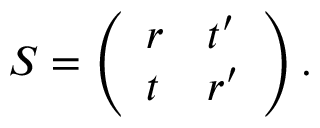
\begin{array} { r } { S = \left( \begin{array} { l l } { r } & { t ^ { \prime } } \\ { t } & { r ^ { \prime } } \end{array} \right) . } \end{array}